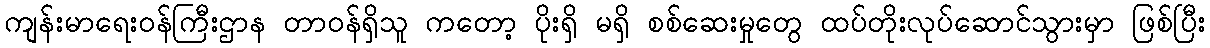
ကျန်းမာရေးဝန်ကြီးဌာန တာဝန်ရှိသူ ကတော့ ပိုးရှိ မရှိ စစ်ဆေးမှုတွေ ထပ်တိုးလုပ်ဆောင်သွားမှာ ဖြစ်ပြီး